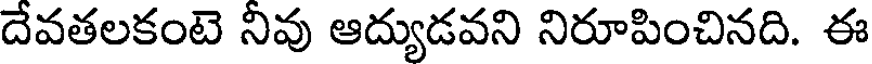
దేవతలకంటె నీవు ఆద్యుడవని నిరూపించినది. ఈ